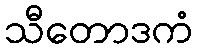
သီတောဒကံ